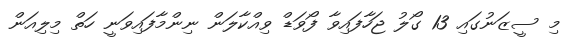
މި ސީޒަނުގައި 13 ގޯލު ޖަހާފައިވާ ފޯވަޑް ވިއްކާލަން ނިންމާފައިވަނީ ހަތް މިލިއަން